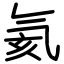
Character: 氦